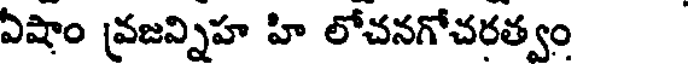
ఏషాం వ్రజన్నిహ హి లోచనగోచరత్వం